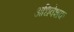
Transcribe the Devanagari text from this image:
अधिवेशक